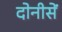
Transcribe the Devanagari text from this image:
दोनीसें